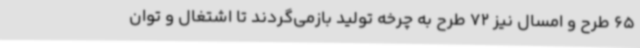
65 طرح و امسال نیز 72 طرح به چرخه تولید بازمی‌گردند تا اشتغال و توان